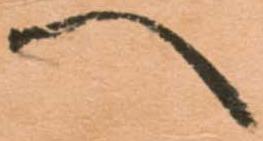
へ